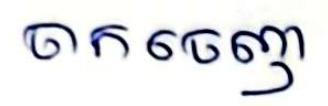
ចាកចេញ